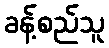
ခန့်စည်သူ